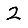
Digit: 2